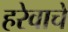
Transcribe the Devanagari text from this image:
हरेवाचे